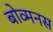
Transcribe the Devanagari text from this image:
बोव्मनस